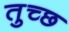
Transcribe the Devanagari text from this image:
तुच्‍छ